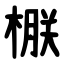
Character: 㮳